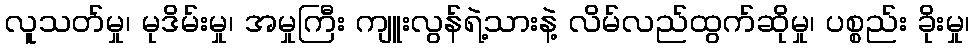
လူသတ်မှု၊ မုဒိမ်းမှု၊ အမှုကြီး ကျူးလွန်ရဲ့သားနဲ့ လိမ်လည်ထွက်ဆိုမှု၊ ပစ္စည်း ခိုးမှု၊